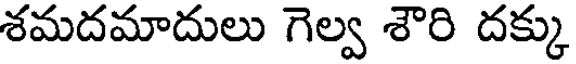
శమదమాదులు గెల్వ శౌరి దక్కు